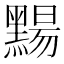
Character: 䵮